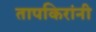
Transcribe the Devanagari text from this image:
तापकिरांनी